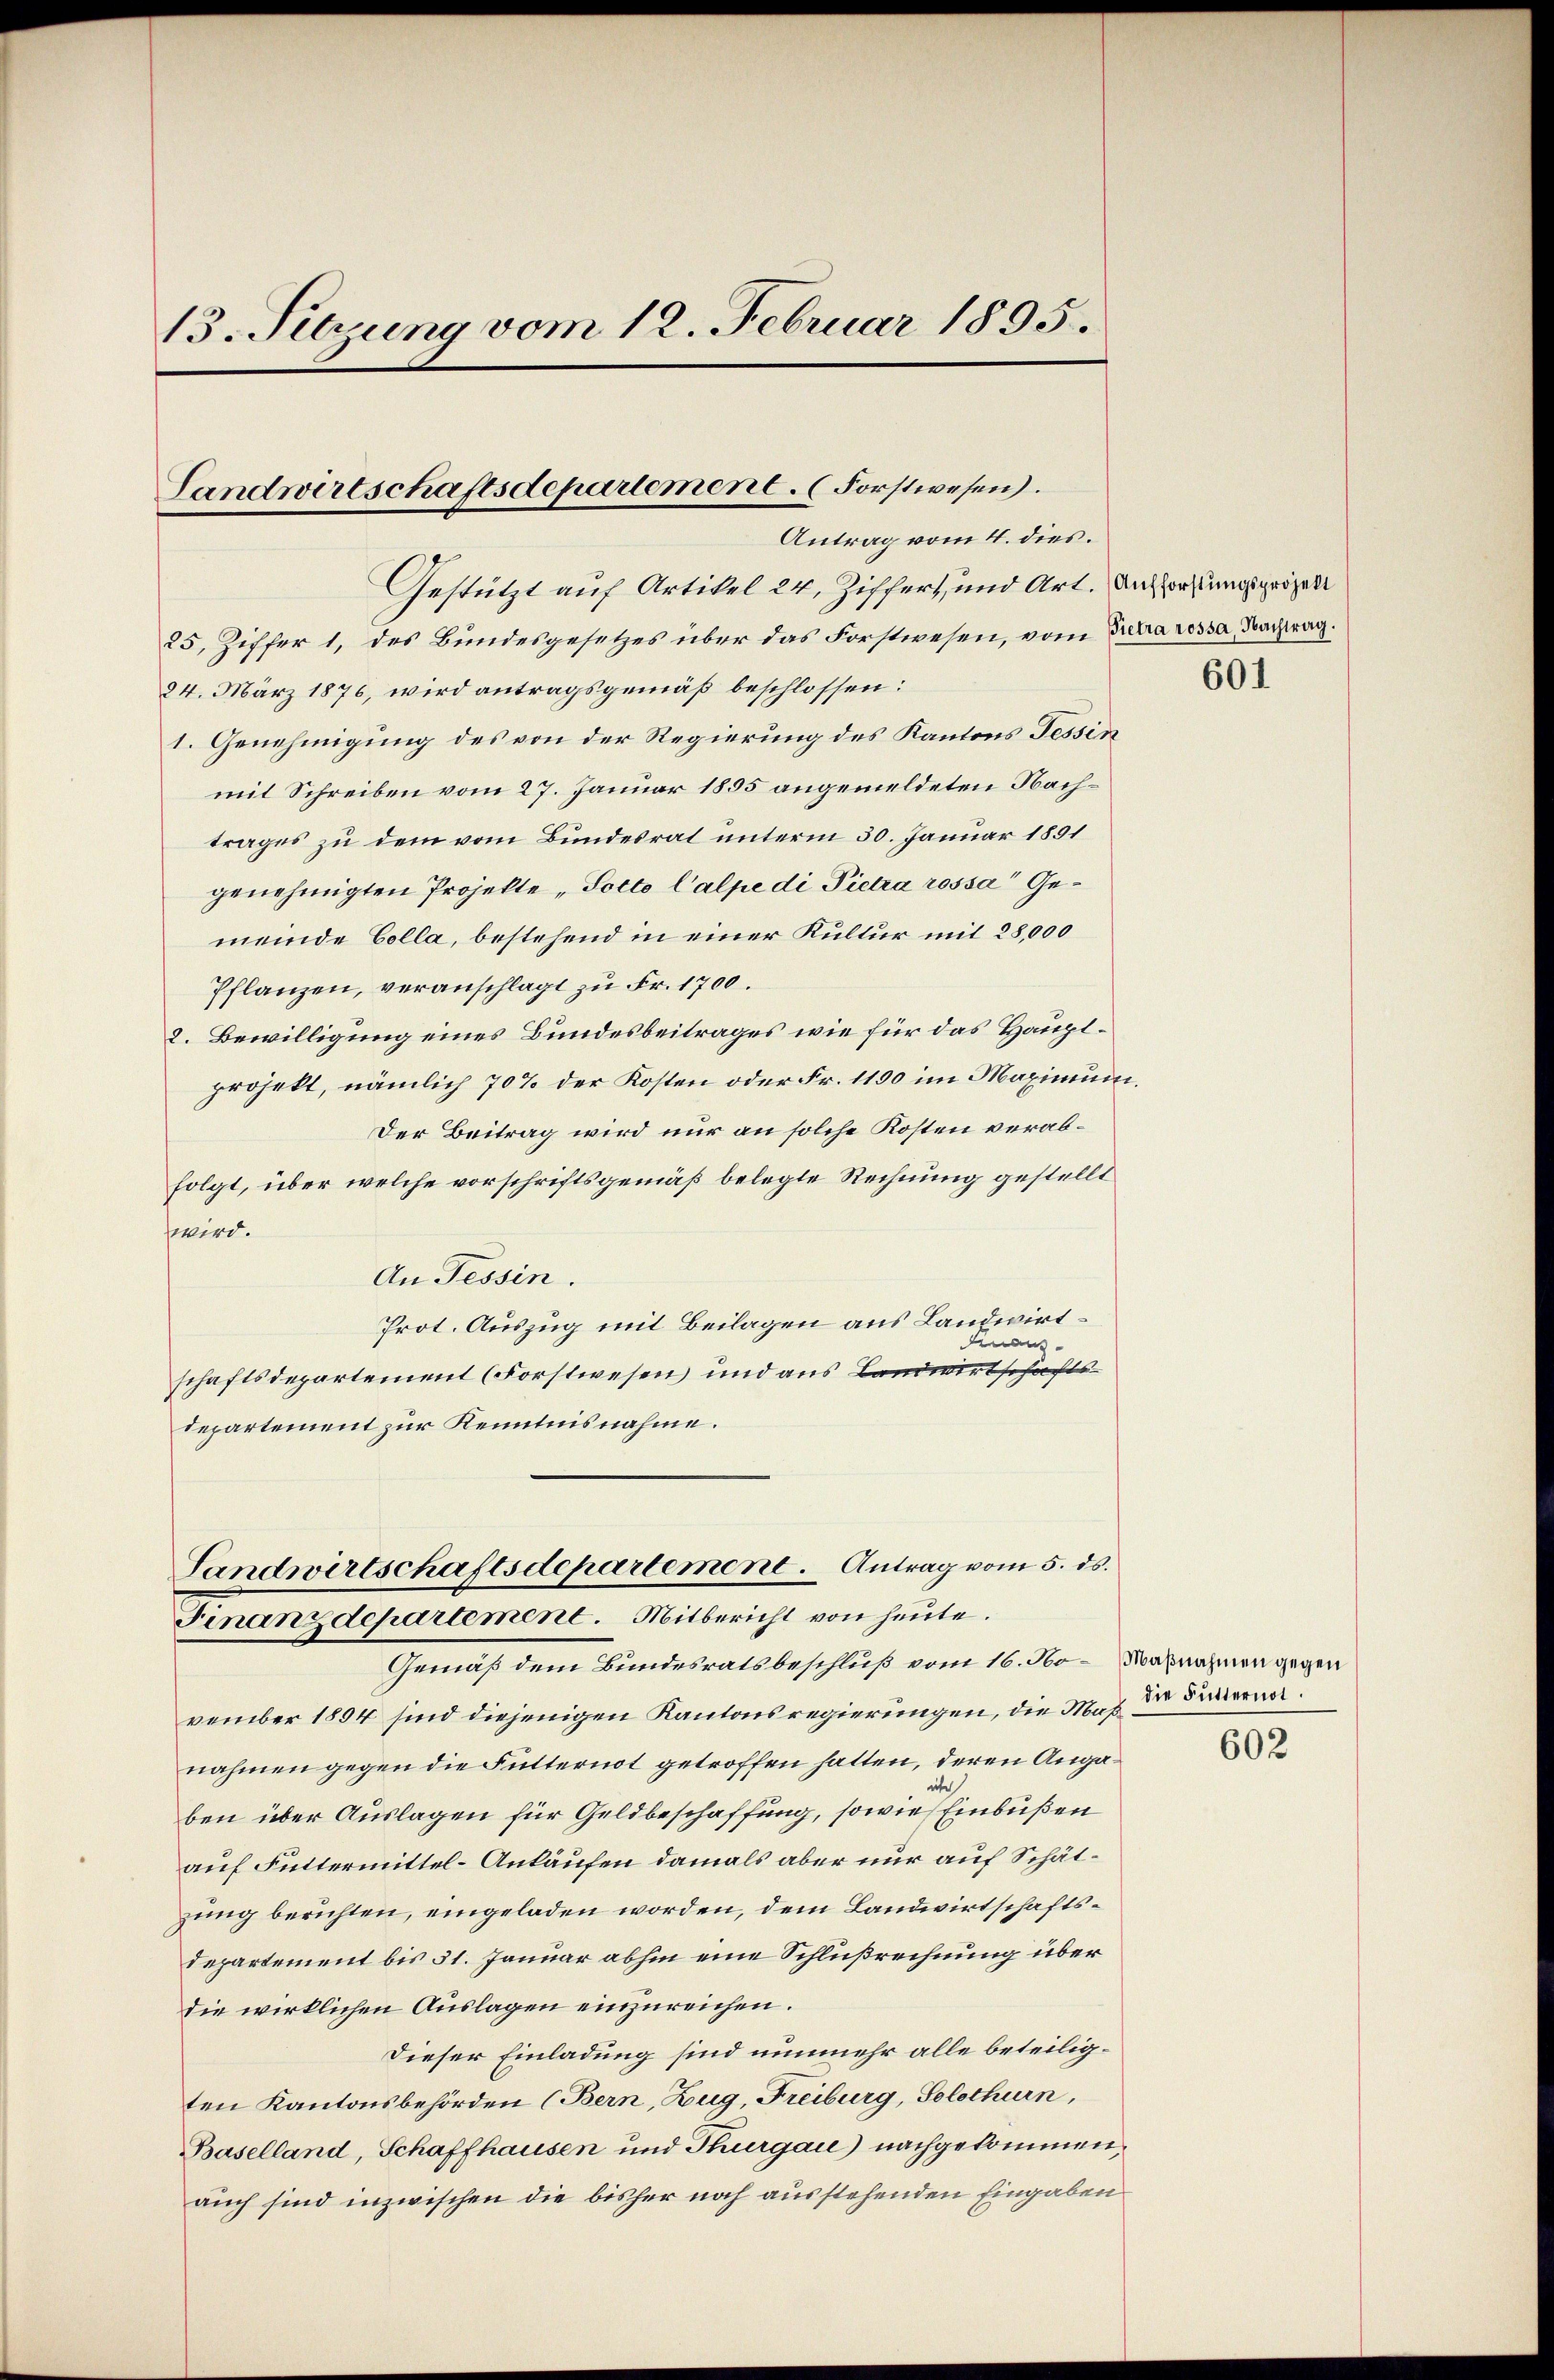
13. Sitzung vom 12. Februar 1895.

Landwirtschaftsdepartement. (Forstwesen.
Antrag vom 4. dies.

Gestützt auf Artikel 24, Ziffert, und Art. Anforstungsprozelt
25, Ziffer 1, des Bundesgesetzes über das Forstwesen, vom Zutra ressa, Nachtrag.
24. März 1876, wird antragsgemäß beschlossen:
1. Genehmigung des von der Regierung des Kantons Tessin
mit Schreiben vom 27. Januar 1855 angemeldeten Nachtrages zu dem vom Bundesrat unterm 30. Januar 1891
genehmigten Projekte „Pocto Calpe di Pietra rossa Gemeinde Colla, bestehend in einer Kultur mit 28,000
Pflanzen, veranschlagt zu Fr. 1700.
2. Bewilligung eines Bundesbeitrages wie für das Hauptprojekt, nämlich 70 % der Kosten oder Fr. 1100 im Maximum.
Der Beitrag wird nur an solche Kosten verabfolgt, über welche vorschriftsgemäß belegte Rechnung gestellt
wird.
An Tessin.
Prot. Auszug mit Beilagen aus Landwirtdeaus
schaftsdepartement (Forstwesen und aus Landwirtschafts-
lepartement zur Kenntnisnahme.
Landwirtschaftsdepartement. Antrag vom 5. ds.

Finanzdepartement. Mitbericht von heute.

Gemäß dem Bundesratsbeschluß vom 16. No- Maßnahmen gegen
vember 1894 sind diejenigen Kantonsregierungen, die Mag der Feiernarnahmen gegen die Futternot getroffen hatten, deren Angaihe
ben über Auslagen für Geldbeschaffung, sowie Einbüßen
auf Futtermittel-Ankäufen damals aber nur auf Schätzung berichten, eingeladen worden, dem Landwirtschaftsdepartement bis 31. Januar abhin eine Schlußrechnung über
die wirklichen Auslagen einzureichen.
Dieser Einladung sind nunmehr alle beteiligten Kantonsbehörden (Bern, Zug, Freiburg, Solothurn,
Baselland, Schaffhausen und Thurgaie) nachgekommen,
auch sind inzwischen die bisher noch ausstehenden Eingaben

601

602